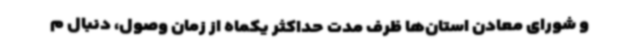
و شورای معادن استان‌ها ظرف مدت حداکثر یکماه از زمان وصول، دنبال م